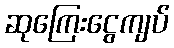
ဆုကြေးငွေကျပ်